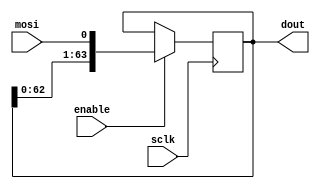
// shift register, serial in, parallel out, async clear.

module reader( sclk, enable, mosi, dout );
	parameter width = 64;	// 8 bytes

	input sclk, enable, mosi;
	output [ width - 1 : 0 ] dout;
	reg [ width - 1 : 0 ] data;

	always @( posedge sclk )
	begin
		if( enable )
			data <= { data[ width - 1 : 0 ], mosi };
		// no changeif not clear or enable
	end

	assign dout = { data[ width - 1 : 0 ] };
endmodule